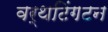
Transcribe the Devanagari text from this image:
वर्थटिंगटन